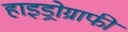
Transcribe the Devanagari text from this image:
हाइड्रोग्राफी